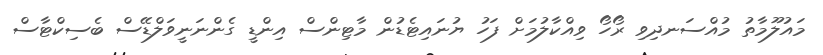
މައުލޫމާތު މުއްސަނދިވި ރޯހޯ ވިއްކާލުމަށް ފަހު ޔުނައިޓެޑުން މާޓިންސް އިންޑީ ގެންނަނީވަލްޑޭސް ބެސިކްޓާސް